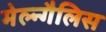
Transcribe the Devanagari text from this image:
मेल्न्गैलिस